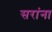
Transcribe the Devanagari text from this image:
सरांना